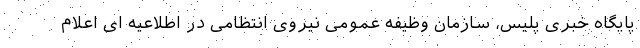
پایگاه خبری پلیس، سازمان وظیفه عمومی نیروی انتظامی در اطلاعیه ای اعلام